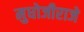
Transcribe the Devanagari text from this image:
मुधोजीराजे